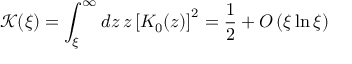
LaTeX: { \mathcal K } ( \xi ) = \int _ { \xi } ^ { \infty } d z \, z \left[ K _ { 0 } ( z ) \right] ^ { 2 } = \frac { 1 } { 2 } + O \left( \xi \ln \xi \right) \;